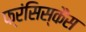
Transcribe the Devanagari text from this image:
फ्रंसिस्कैंस